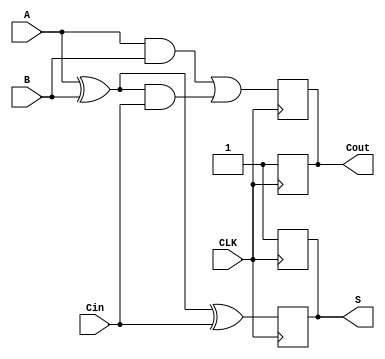
module dynamic_full_adder (
    input wire A,      // First input bit
    input wire B,      // Second input bit
    input wire Cin,    // Carry-in bit
    input wire CLK,    // Clock signal
    output reg S,      // Sum output
    output reg Cout    // Carry-out output
);

// Internal wires for intermediate calculations
wire A_xor_B;
wire A_and_B;
wire A_xor_B_and_Cin;

// Calculate intermediate signals
assign A_xor_B = A ^ B;               // A XOR B
assign A_and_B = A & B;               // A AND B
assign A_xor_B_and_Cin = A_xor_B & Cin; // (A XOR B) AND Cin

// Dynamic Full Adder Logic
always @(posedge CLK) begin
    // Precharge phase (set outputs high)
    S <= 1'b1;
    Cout <= 1'b1;
end

always @(negedge CLK) begin
    // Evaluate phase
    S <= A_xor_B ^ Cin; // S = A XOR B XOR Cin
    Cout <= A_and_B | A_xor_B_and_Cin; // Cout = (A AND B) OR ((A XOR B) AND Cin)
end

endmodule